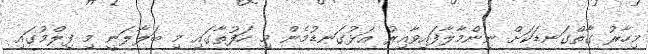
މިހާރު ގާތްގަނޑަކަށް ނިންމާލާފައިވާއިރު އަޅުގަނޑުމެން މި ހަފުތާގައި މި ބަލާލަނީ މި ފިލްމުގައި